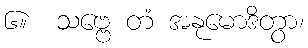
၆။  သဗ္ဗေ တံ အနုမောဒိတွာ၊